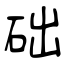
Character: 础